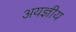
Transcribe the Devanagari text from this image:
अयज्ञीय